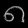
Digit: ၈